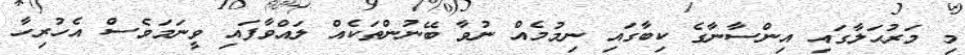
މި މަރުޙަލާގައި އިންސާނާގެ ކިބާގައި ނިމުމެއް ނުވާ ބޭނުންތަކެއް ލައްވާފައި ވީނަމަވެސް އެހުރިހާ